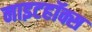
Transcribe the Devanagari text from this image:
नाइटहॉक्स